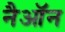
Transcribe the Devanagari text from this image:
नैऑन